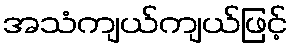
အသံကျယ်ကျယ်ဖြင့်